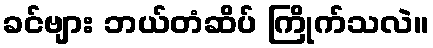
ခင်ဗျား ဘယ်တံဆိပ် ကြိုက်သလဲ။